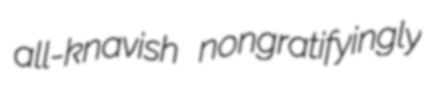
all-knavish nongratifyingly